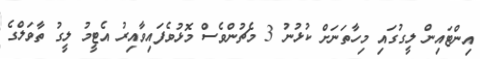
އިންޓައިން ލީގުގައި މިހާތަނަށް ކުޅުނު 3 މެޗުންވެސް މޮޅުވެފައިވާއިރު އެޓީމު ލީގު ތާވަލްގެ